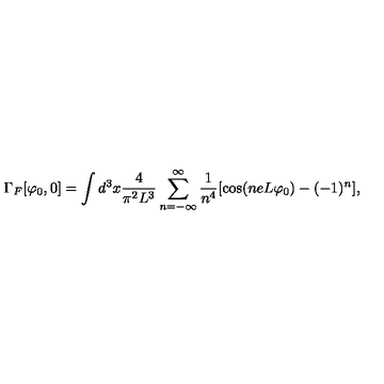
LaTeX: \Gamma _ { F } [ \varphi _ { 0 } , 0 ] = \int d ^ { 3 } x \frac { 4 } { \pi ^ { 2 } L ^ { 3 } } \sum _ { n = - \infty } ^ { \infty } \frac { 1 } { n ^ { 4 } } [ \cos ( n e L \varphi _ { 0 } ) - ( - 1 ) ^ { n } ] ,